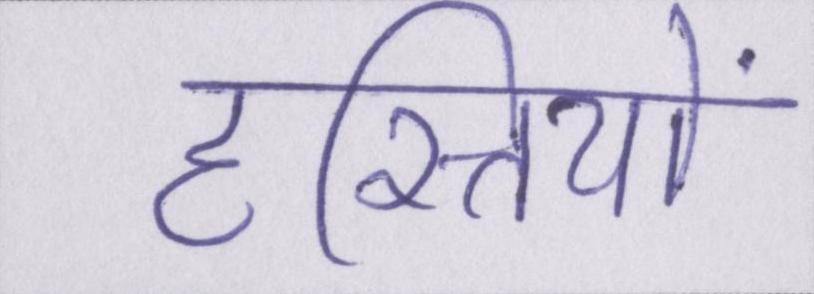
हस्तियों